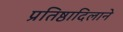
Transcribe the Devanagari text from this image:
प्रतिष्ठादिलाने